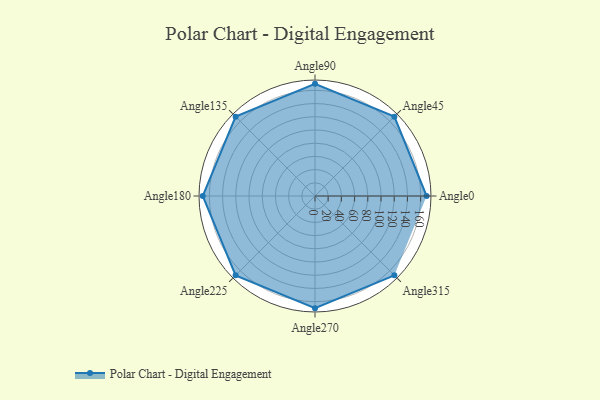
{"axis": {"x": "Angle", "y": "Radius"}, "legend": [""], "data": [{"x": "Angle0", "y": 169.0, "type": ""}, {"x": "Angle45", "y": 170, "type": ""}, {"x": "Angle90", "y": 170, "type": ""}, {"x": "Angle135", "y": 170, "type": ""}, {"x": "Angle180", "y": 170, "type": ""}, {"x": "Angle225", "y": 170, "type": ""}, {"x": "Angle270", "y": 170, "type": ""}, {"x": "Angle315", "y": 170, "type": ""}]}